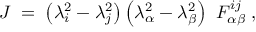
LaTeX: { \cal J } \; = \; \left( \lambda _ { i } ^ { 2 } - \lambda _ { j } ^ { 2 } \right) \left( \lambda _ { \alpha } ^ { 2 } - \lambda _ { \beta } ^ { 2 } \right) ~ F _ { \alpha \beta } ^ { i j } \; ,